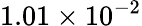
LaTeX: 1.01\times 10^{-2}